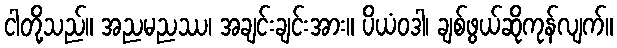
ငါတို့သည်။ အညမညဿ၊ အချင်းချင်းအား။ ပိယံဝဒါ၊ ချစ်ဖွယ်ဆိုကုန်လျက်။